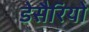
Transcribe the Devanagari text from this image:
डेसैरियो